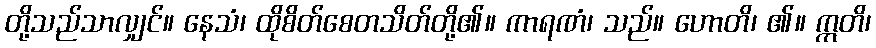
တို့သည်သာလျှင်။ နေသံ၊ ထိုစိတ်စေတသိတ်တို့၏။ ကာရဏံ၊ သည်။ ဟောတိ၊ ၏။ ဣတိ၊